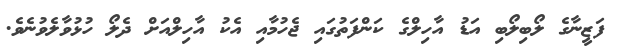
ފަޒީނާގެ ލޯބިލޯބި އަޑު އާހިލްގެ ކަންފަތުގައި ޖެހުމާއި އެކު އާހިލްއަށް ދެލޯ ހުޅުވާލެވުނެވެ.